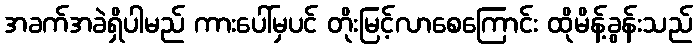
အခက်အခဲရှိပါမည် ကားပေါ်မှပင် တိုးမြင့်လာစေကြောင်း ထိုမိန့်ခွန်းသည်